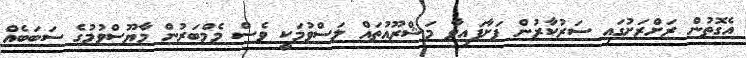
އެގޮތުން ރަށްރަށުގައި ސަރުކާރުން ފަށާފައިވާ މަޝްރޫއުތައް ލަސްވުމަކީ ވެސް މެމްބަރުން މާޔޫސްވުމުގެ ސަބަބެއް